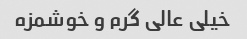
خیلی عالی گرم و خوشمزه